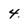
Character: 4